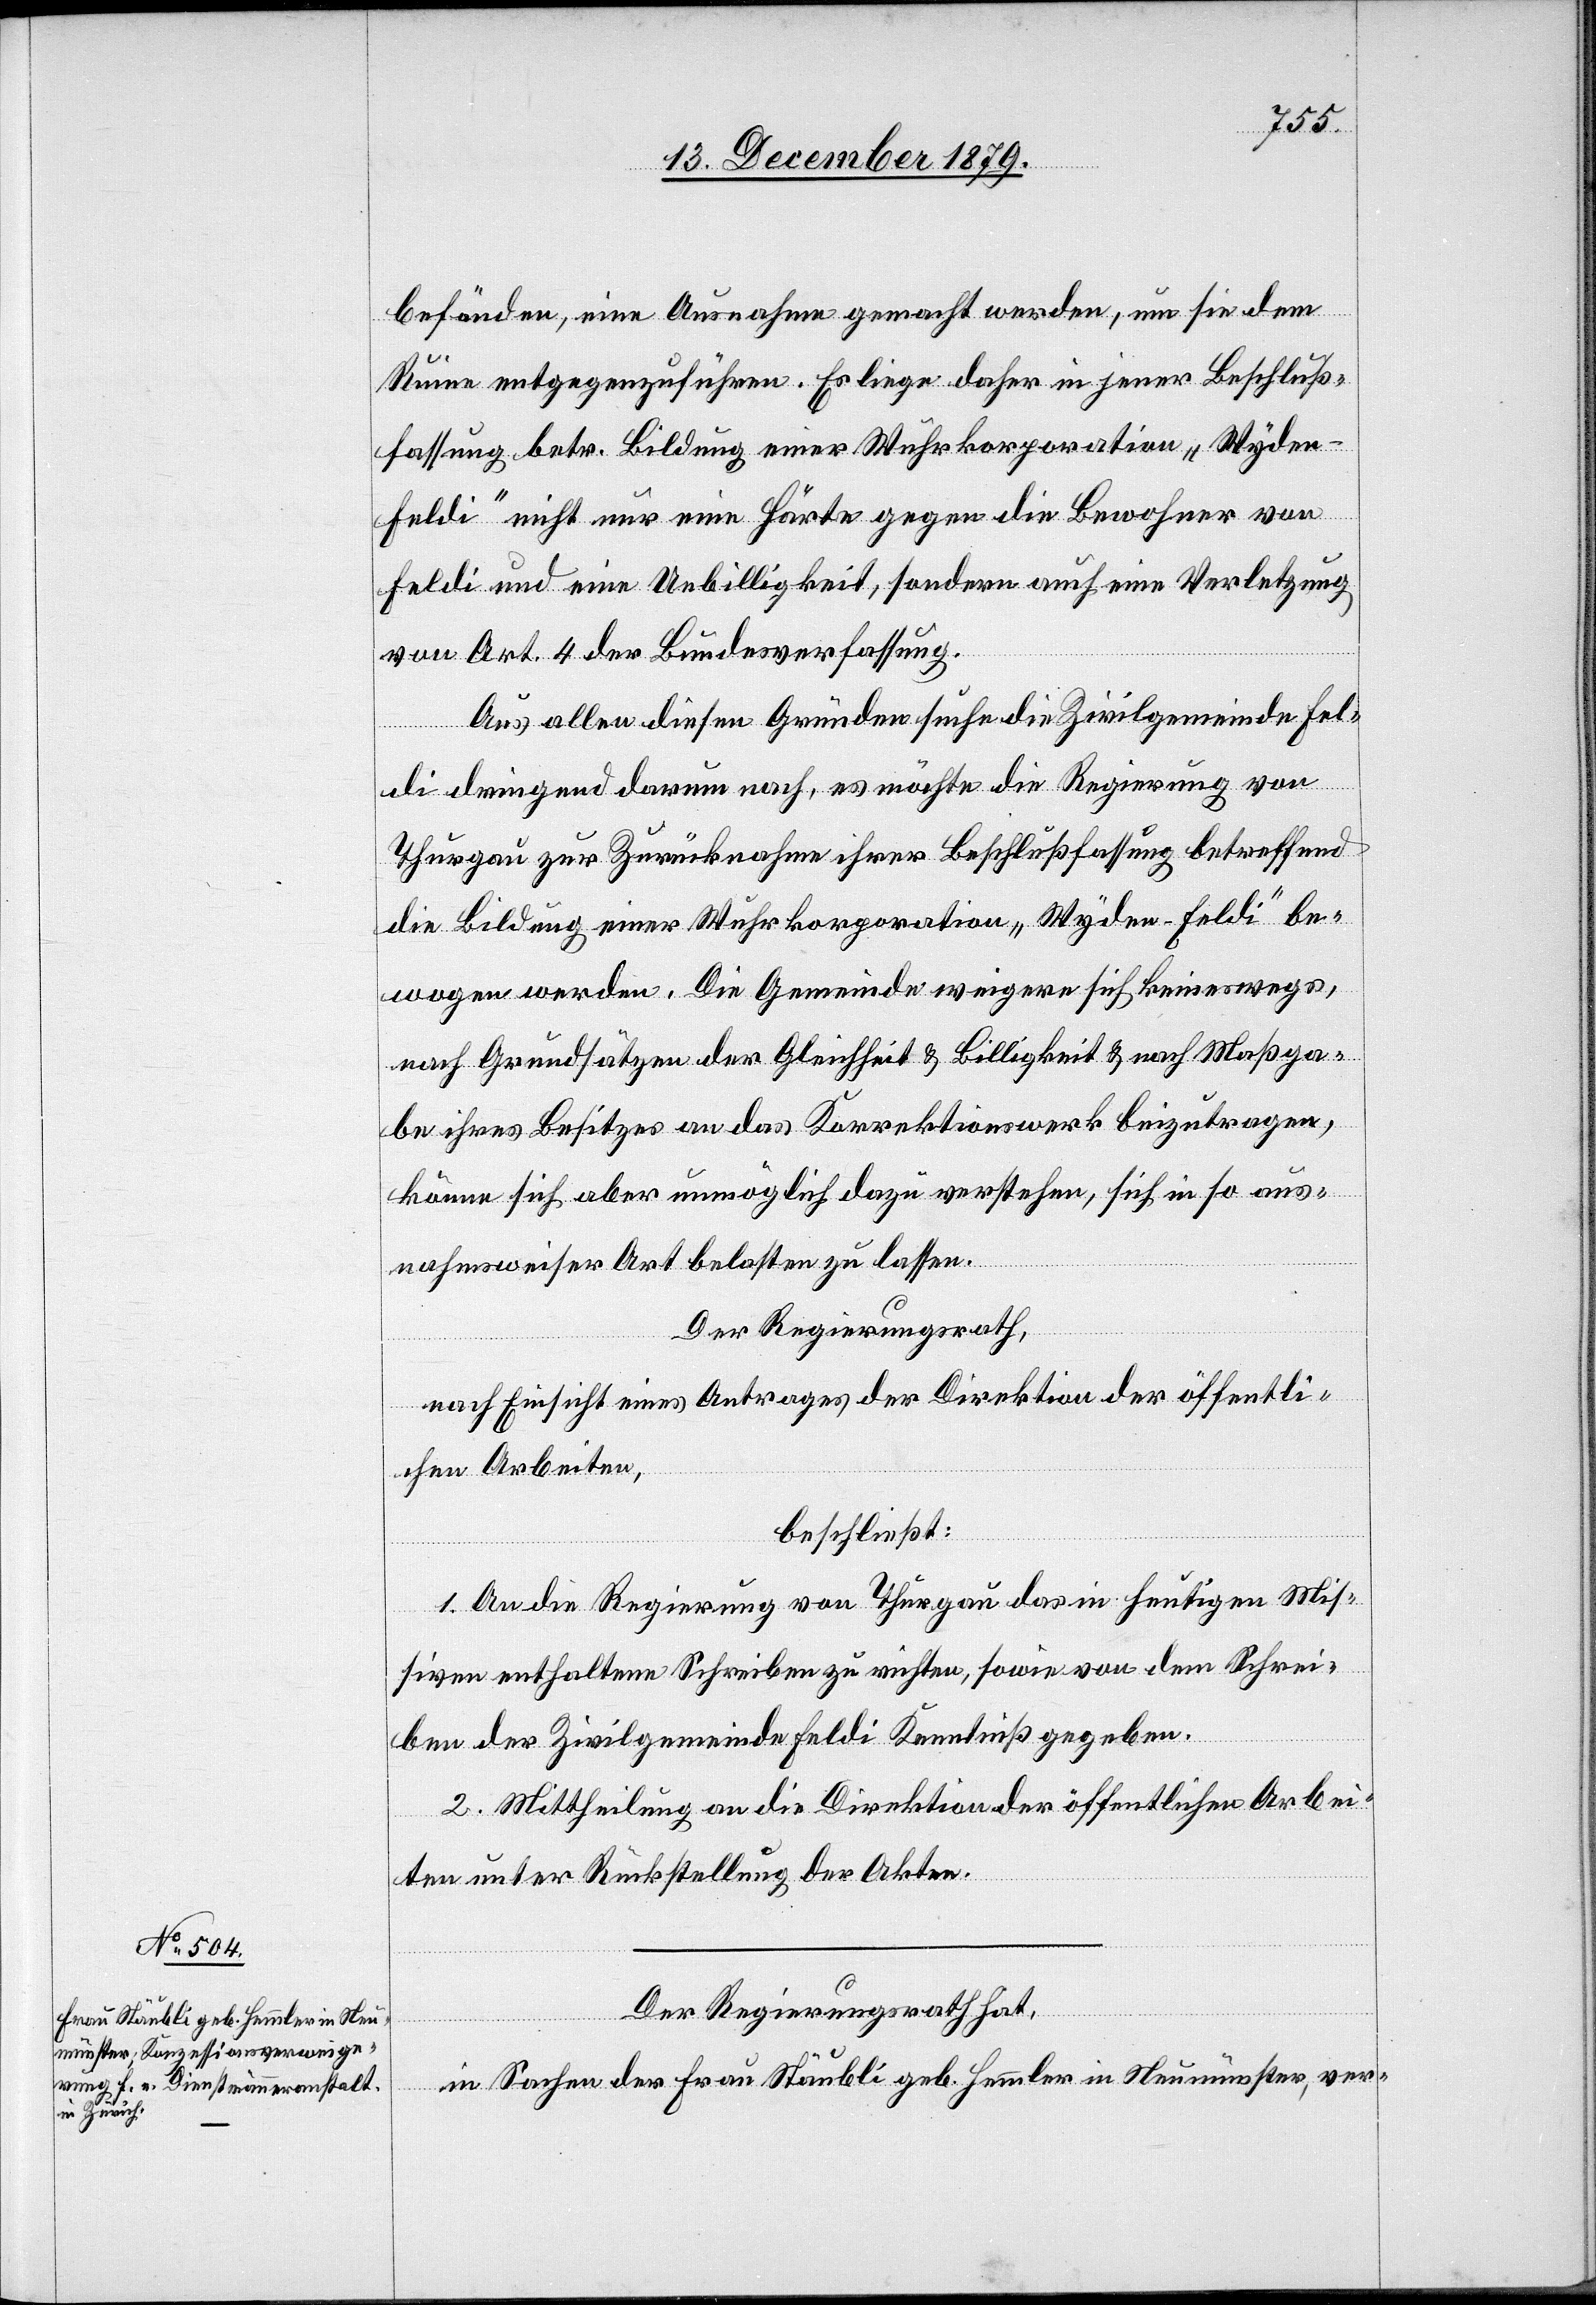
befänden, eine Ausnahme gemacht werden, um sie dem
Ruine entgegenzuführen. Es liege daher in jener Beschluß¬
fassung betr. Bildung einer Wuhrkorporation „Wyden-F¬
eldi“ nicht nur eine Härte gegen die Bewohner von
Feldi und eine Unbilligkeit, sondern auch eine Verletzung
von Art. 4 der Bundesverfassung.
Aus allen diesen Gründen suche die Zivilgemeinde Fel¬
di dringend darum nach, es möchte die Regierung von
Thurgau zur Zurücknahme ihrer Beschlußfassung betreffend
die Bildung einer Wuhrkorporation „Wyden-Feldi“ be¬
wogen werden. Die Gemeinde weigere sich keineswegs,
nach Grundsätzen der Gleichheit & Billigkeit & nach Maßga¬
be ihres Besitzes an das Korrektionswerk beizutragen,
könne sich aber unmöglich dazu verstehen, sich in so aus¬
nahmsweiser Art belasten zu lassen.
Der Regierungsrath,
nach Einsicht eines Antrages der Direktion der öffentli¬
chen Arbeiten,
beschließt:
1. An die Regierung von Thurgau das in heutigen Mis¬
siven enthaltene Schreiben zu richten, sowie von dem Schrei¬
ben der Zivilgemeinde Feldi Kenntniß gegeben.
2. Mittheilung an die Direktion der öffentlichen Arbei¬
ten unter Rückstellung der Akten.
Der Regierungsrath hat,
in Sachen der Frau Stäubli geb. Hemmler in Neumünster, ver-